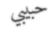
حبيبي